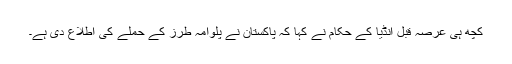
کچھ ہی عرصہ قبل انڈیا کے حکام نے کہا کہ پاکستان نے پلوامہ طرز کے حملے کی اطلاع دی ہے۔